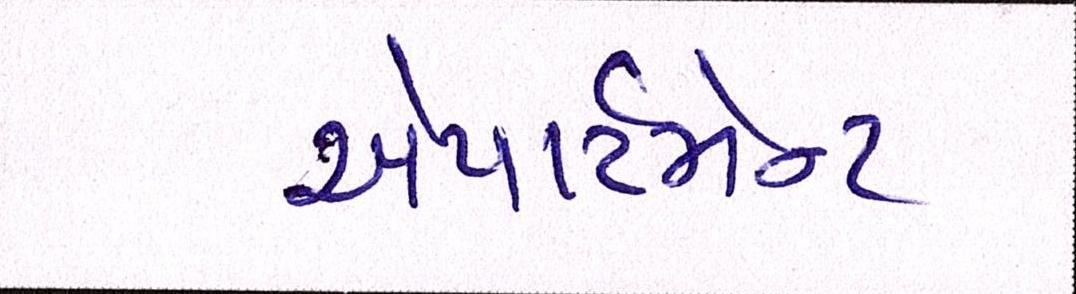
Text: એપાર્ટમેન્ટ